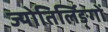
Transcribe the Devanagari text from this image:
ज्योतिर्लिङ्गों